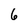
Character: 6